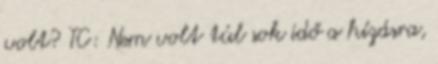
volt? TC: Nem volt túl sok idő a hízásra,